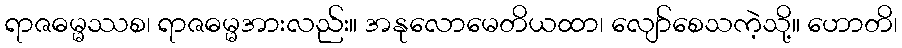
ရာဇဓမ္မဿစ၊ ရာဇဓမ္မအားလည်း။ အနုလောမေတိယထာ၊ လျော်စေသကဲ့သို့။ ဟောတိ၊